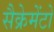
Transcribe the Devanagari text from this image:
सैक्रेमेंटो